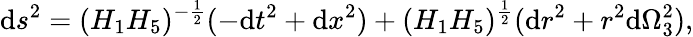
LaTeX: \mathrm{d}s^{2}=(H_{1}H_{5})^{-\frac{{1}}{{2}}}(-\mathrm{d}t^{2}+\mathrm{d}x^{2})+(H_{1}H_{5})^{\frac{{1}}{{2}}}(\mathrm{d}r^{2}+r^{2}\mathrm{d}\Omega_{3}^{2}),